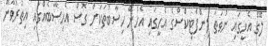
ލޭގެ އެހީގައި ނުވަތަ ލިންފެޓިކްސްގެ އެހީގައި އެހެން ހިސާބުތަކަށް ގޮސް އެހިސާބެއްގައި އިތުރުވާން